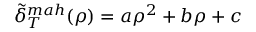
\Tilde { \delta } _ { T } ^ { m a h } ( \rho ) = a \rho ^ { 2 } + b \rho + c